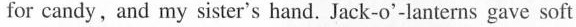
for candy, and my sister's hand. Jack-o'-lanterns gave soft